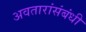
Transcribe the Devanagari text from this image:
अवतारांसंबंधी